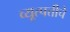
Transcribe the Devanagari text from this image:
व्यूत्पत्तीचे